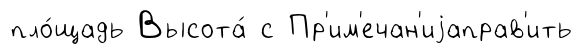
пло́щадь Высота́ с Пр'им'ечан'иjаправ'ить